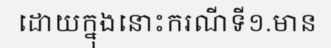
ដោយក្នុងនោះករណីទី១.មាន